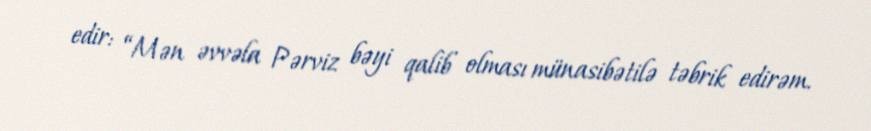
edir: “Mən əvvəla Pərviz bəyi qalib olması münasibətilə təbrik edirəm.